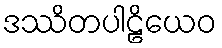
ဒဿိတပါဠိယေဝ